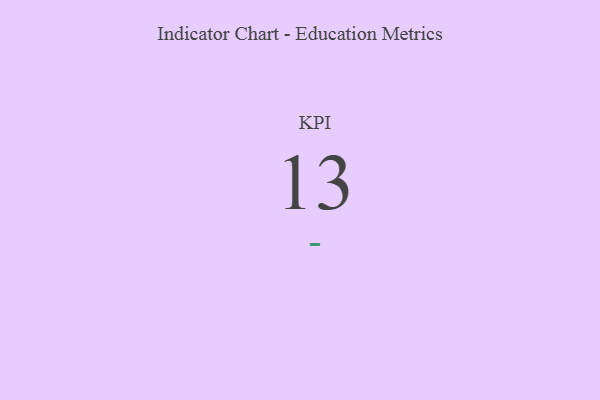
{"axis": {"x": "KPI", "y": "Value"}, "legend": [""], "data": [{"x": "KPI", "y": 13, "type": ""}]}